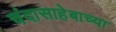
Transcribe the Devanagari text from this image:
चंदासाहेबाच्या